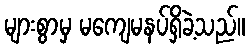
များစွာမှ မကျေမနပ်ရှိခဲ့သည်။